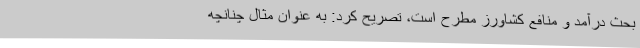
بحث درآمد و منافع کشاورز مطرح است، تصریح کرد: به عنوان مثال چنانچه